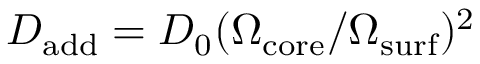
D _ { \mathrm { a d d } } = D _ { 0 } ( \Omega _ { \mathrm { c o r e } } / \Omega _ { \mathrm { s u r f } } ) ^ { 2 }